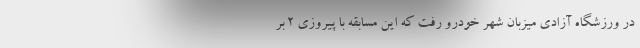
در ورزشگاه آزادی میزبان شهر خودرو رفت که این مسابقه با پیروزی 2 بر